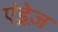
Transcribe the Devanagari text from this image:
एंड्रेज़